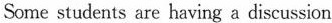
Some students are having a discussion